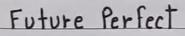
Future Perfect